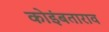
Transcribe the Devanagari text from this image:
कोइंबताराव